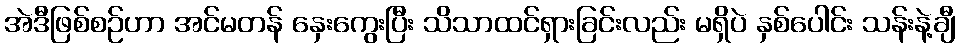
အဲဒီဖြစ်စဉ်ဟာ အင်မတန် နှေးကွေးပြီး သိသာထင်ရှားခြင်းလည်း မရှိပဲ နှစ်ပေါင်း သန်းနဲ့ချီ